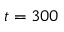
t = 3 0 0